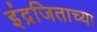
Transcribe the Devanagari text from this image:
इंद्रजिताच्या